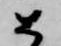
如